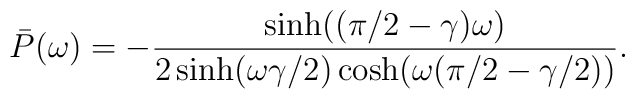
\bar{P}(\omega) = - \frac{\sinh((\pi/2-\gamma)\omega)}{2\sinh(\omega\gamma/2)\cosh(\omega(\pi/2-\gamma/2))}.